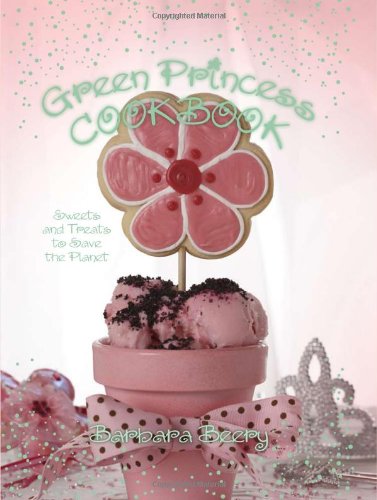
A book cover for Green Princess Cookbook: Sweets and Treats to Save the Planet; Barbara Beery; Health, Fitness & Dieting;